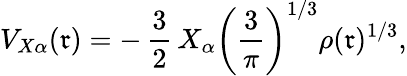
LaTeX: V_{X\alpha}(\mathfrak{r})=-\, \frac{{3}}{{2}}\, X_{\alpha}\left(\frac{{3}}{{\pi}}\right)^{{1}/{3}}\rho(\mathfrak{r})^{{1}/{3}},